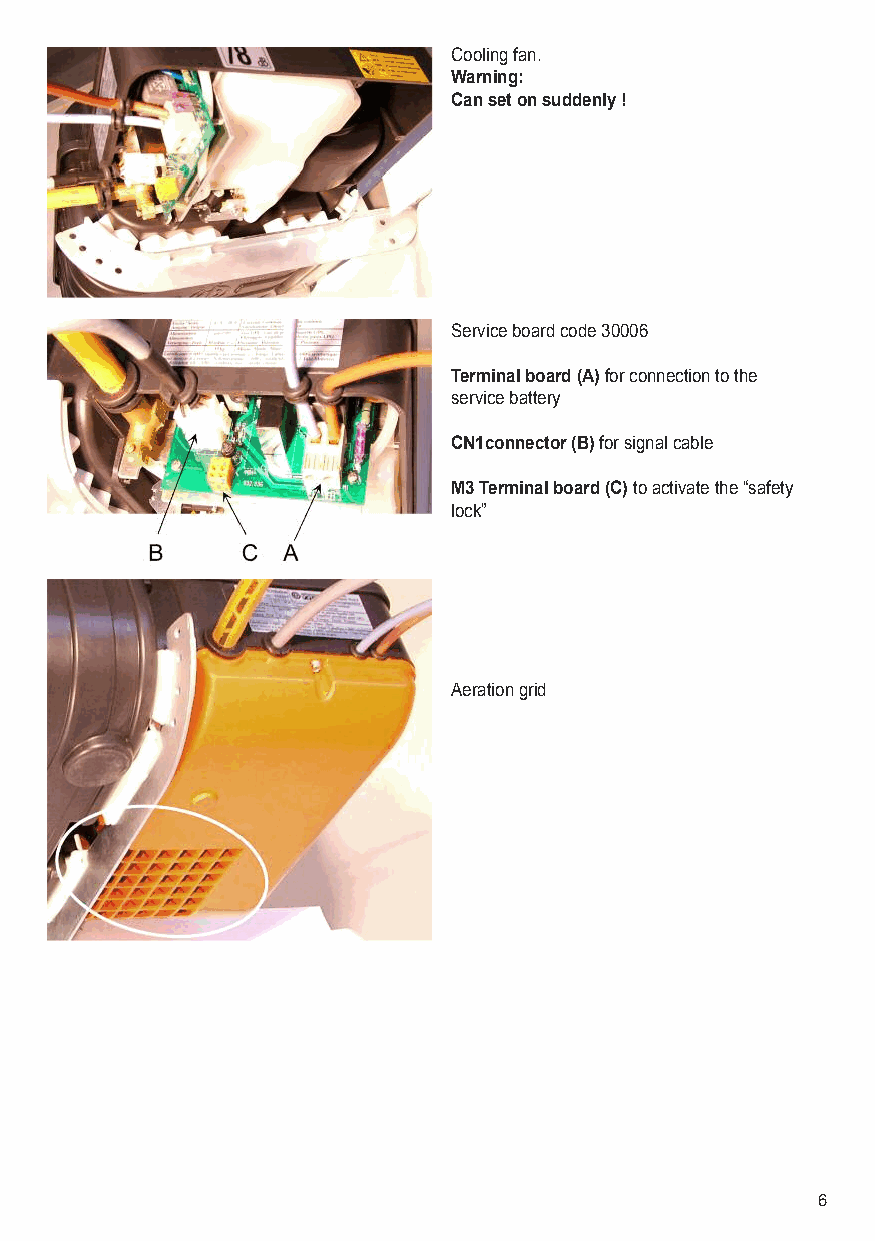
Cooling fan.
 Warning:
 Can set on suddenly !
 Service board code 30006
 Terminal board (A)for connection to the
 service battery
 CN1connector (B)for signal cable
 M3 Terminal board (C)to activate the “safety
 lock”
 Aeration grid
 6